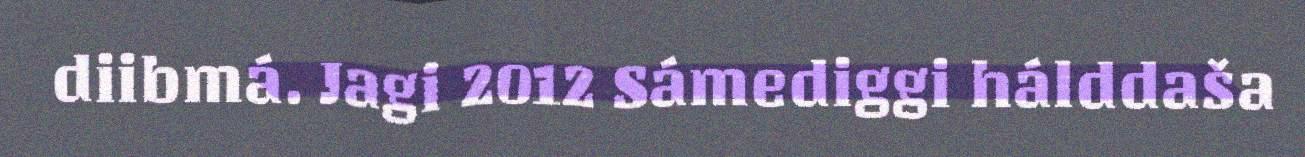
diibmá. Jagi 2012 Sámediggi hálddaša